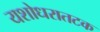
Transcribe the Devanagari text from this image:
यशोधरातटक